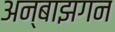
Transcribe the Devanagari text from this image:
अन्बाझगन